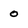
Character: o